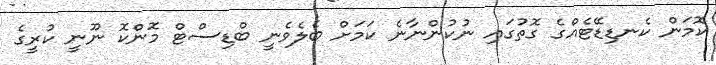
ކޮމަން ކެނޑިޑޭޓެއްގެ ގޮތުގައި ނުކުންނާނެ ކަމަށް ބެލެވެނީ ބްޑިސްޓް މޮންކޮ ނޫނީ ކުރީގެ